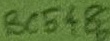
Text: BC548